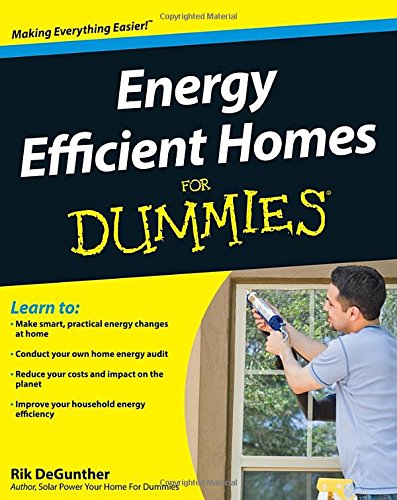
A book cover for Energy Efficient Homes For Dummies; Rik DeGunther; Crafts, Hobbies & Home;